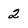
Character: 2